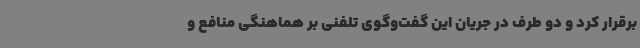
برقرار کرد و دو طرف در جریان این گفت‌وگوی تلفنی بر هماهنگی منافع و